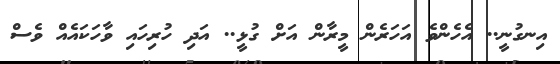
އިނގުނީ.. އެހެންވެ އަހަރެން މީރާން އަށް ގުޅީ.. އަދި ހުރިހައި ވާހަކައެއް ވެސް